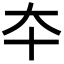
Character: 夲